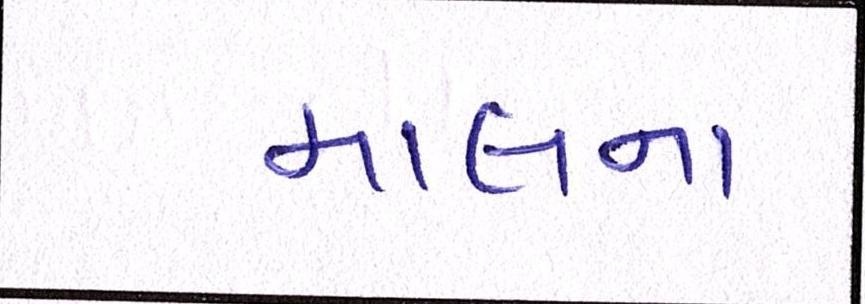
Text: માલના